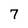
Character: 7